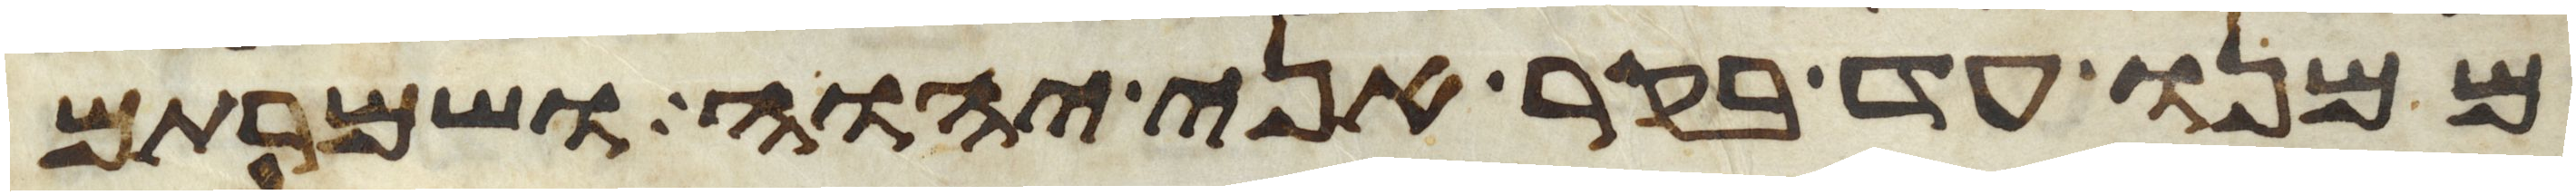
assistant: ממנו עד בקר אני יהוה ושמרתם